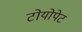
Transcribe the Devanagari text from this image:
टोयोपेट